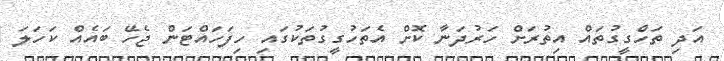
އަދި ތަހްގީގުތައް އިތުރަށް ހަރުދަނާ ކޮށް އެތަހުގީގުތަކުގައި ހިފަހައްޓަން ޖެހޭ ބައެއް ކަހަލަ